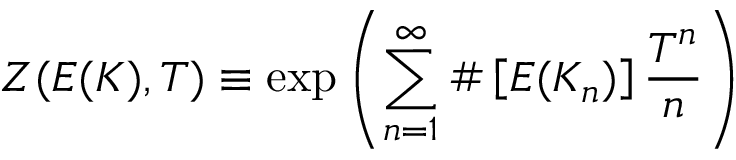
Z ( E ( K ) , T ) \equiv \exp \left( \sum _ { n = 1 } ^ { \infty } \# \left[ E ( K _ { n } ) \right] { \frac { T ^ { n } } { n } } \right)